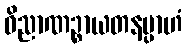
ဝိညာဏဉ္စာယတနမ္ပာဟံ